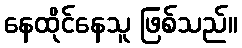
နေထိုင်နေသူ ဖြစ်သည်။